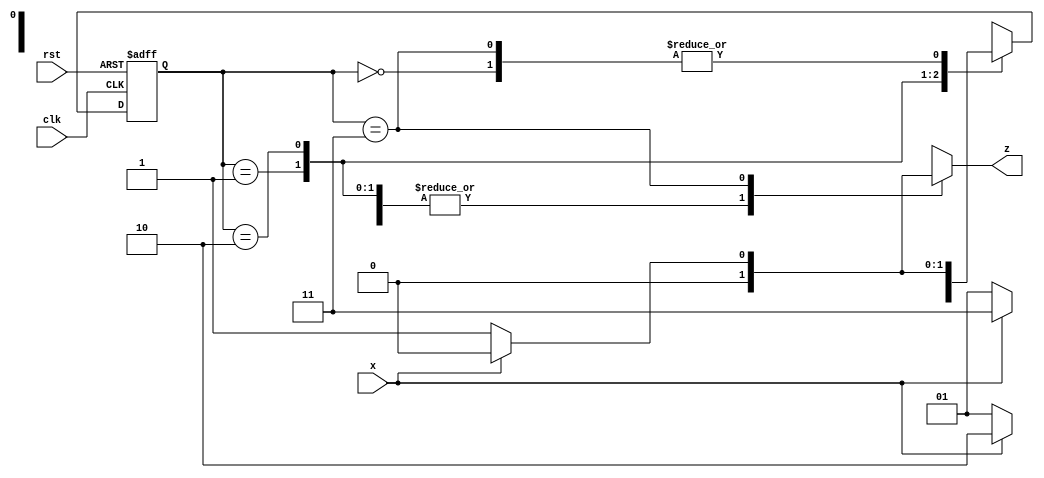
`timescale 1ns / 1ps
//////////////////////////////////////////////////////////////////////////////////
// Company: 
// Engineer: 
// 
// Design Name: 
// Module Name: sequence_detector
// Project Name: 
// Target Devices: 
// Tool Versions: 
// Description: 
// 
// Dependencies: 
// 
// Revision:
// Revision 0.01 - File Created
// Additional Comments:
// 
//////////////////////////////////////////////////////////////////////////////////


module sequence_detector(clk, x,z,rst);
input clk, x, rst;
output reg z;
parameter S0 = 0, S1 = 1, S2 = 2, S3 = 3;
reg [0:1] PS, NS;

always @(posedge clk or posedge rst)
begin
if(rst)
 PS <= S0;
else
 PS <= NS;
end

always @(PS,x)
case(PS)
S0: begin
      z <= x ? 0 : 0;
      NS <= x ? S0 : S1;
     end
     
S1: begin
     z <= x ? 0 : 0;
     NS <= x ? S2 : S1;
    end
     
S2: begin
      z <= x ? 0 : 0;
      NS <= x ? S3 : S1;
     end
     
S3: begin
     z <= x ? 0 : 1;
     NS <= x ? S0 : S1;
    end
endcase
endmodule